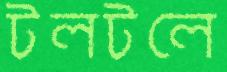
টলটলে